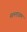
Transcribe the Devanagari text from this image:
मल्लाळम